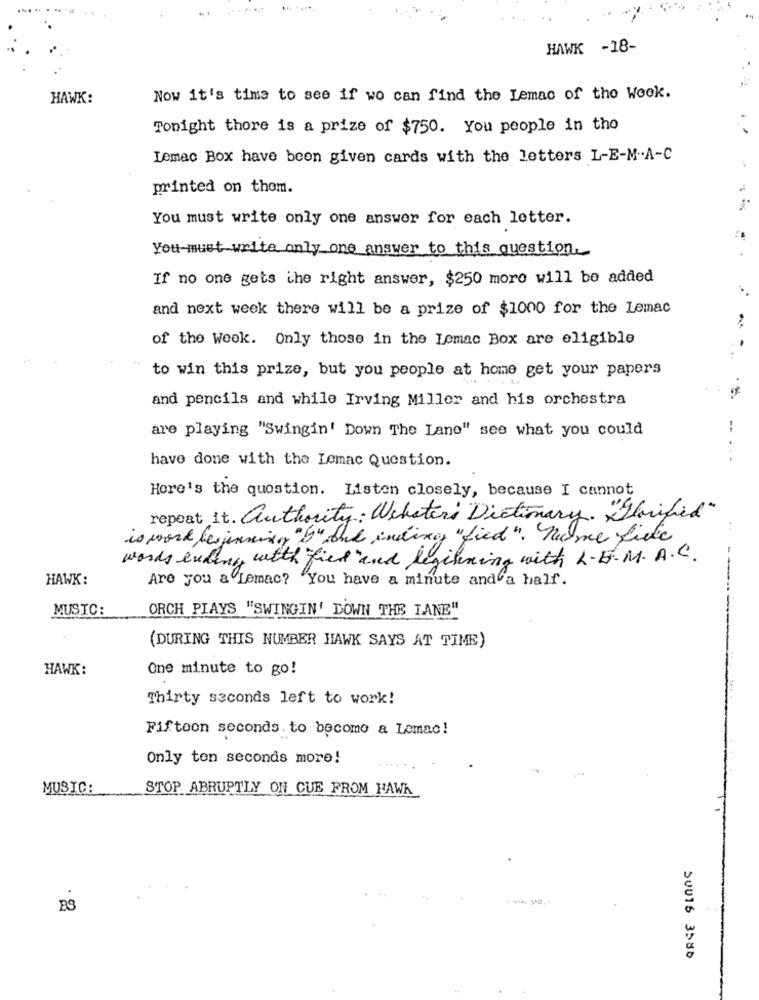
..
HAWK -18-
HAWK:
Now it's time to see if wo can find the Lemac of the Week.
Tonight there is a prize of $750. You people in the
Lemac Box have been given cards with the letters L-E-M -. A-C
printed on them.
You must write only one answer for each letter.
You must write only one answer to this question
If no one gets the right answer, $250 more will be added
and next week there will be a prize of $1000 for the Lemac
of the week. Only those in the Lemac Box are eligible
to win this prize, but you people at home get your papers
and pencils and while Irving Miller and his orchestra
are playing "Swingin' Down The Lane" see what you could
have done with the Lemac Question.
...
Here's the question. Listen closely, because I cannot
repeat it. authority: Webster's Dictionary. Glorified"
is word ber jennings " b" bed ending " fied " . Nulme Liebe
words ending with fied "and legilening with L.E.M. A.C.
HAWK:
Are you a Lemac? You have a minute and a half.
--
MUSIC:
ORCH PLAYS "SWINGIN' DOWN THE LANE"
(DURING THIS NUMBER HAWK SAYS AT TIME)
HAWK:
One minute to go!
Thirty seconds left to work!
Fifteen seconds. to become a Lemac!
Only ten seconds more!
MUSIC:
STOP ABRUPTLY ON CUE FROM HAWA
ES
50016 3586